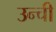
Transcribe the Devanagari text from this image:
उन्ची